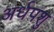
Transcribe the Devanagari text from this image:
अर्धपशु